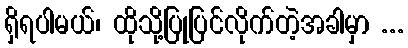
ရှိရပါမယ်၊ ထိုသို့ပြုပြင်လိုက်တဲ့အခါမှာ ...